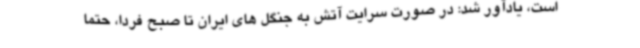
است، یادآور شد: در صورت سرایت آتش به جنگل های ایران تا صبح فردا، حتما